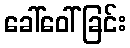
ခေါ်ဝေါ်ခြင်း